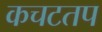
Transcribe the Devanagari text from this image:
कचटतप